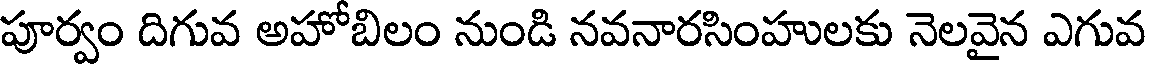
పూర్వం దిగువ అహోబిలం నుండి నవనారసింహులకు నెలవైన ఎగువ